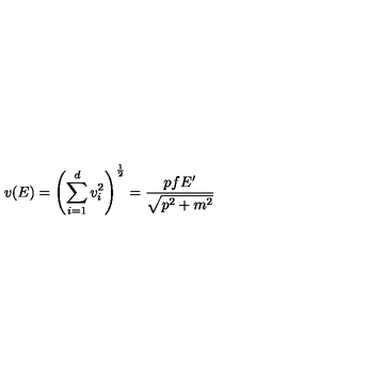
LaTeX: v ( E ) = \left( \sum _ { i = 1 } ^ { d } v _ { i } ^ { 2 } \right) ^ { \frac { 1 } { 2 } } = \frac { p f E ^ { \prime } } { \sqrt { p ^ { 2 } + m ^ { 2 } } }